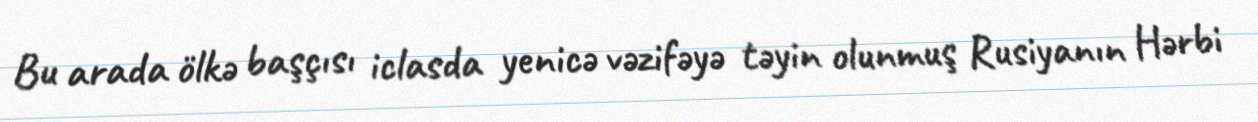
Bu arada ölkə başçısı iclasda yenicə vəzifəyə təyin olunmuş Rusiyanın Hərbi